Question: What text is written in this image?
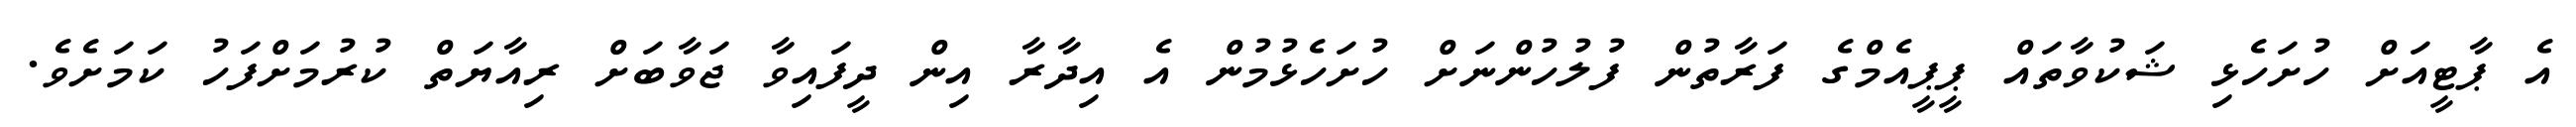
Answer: އެ ޕާޓީއަށް ހުށަހެޅި ޝަކުވާތައް ޕީޕީއެމްގެ ފަރާތުން ފުލުހުންނަށް ހުށަހެޅުމުން އެ އިދާރާ އިން ދީފައިވާ ޖަވާބަށް ރިއާޔަތް ކުރުމަށްފަހު ކަމަށެވެ.